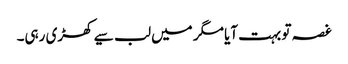
غصہ تو بہت آیا مگر میں لب سیے کھڑی رہی۔